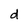
Character: d